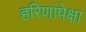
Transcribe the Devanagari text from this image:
हरिणांपेक्षा